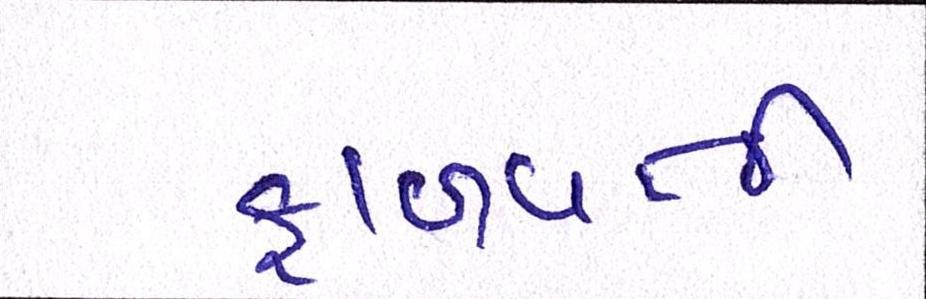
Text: ફાળવતી